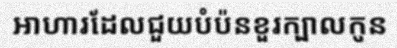
អាហារដែលជួយបំប៉នខួរក្បាលកូន